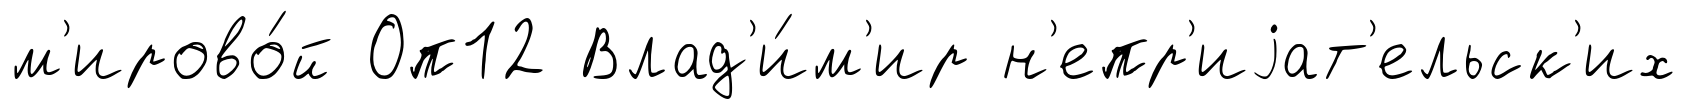
м'ирово́й Оп12 Влад'и́м'ир н'епр'иjат'ельск'их